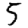
Digit: 5